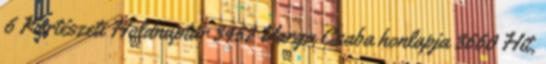
6 Kertészeti Holdnaptár 3452 Varga Csaba honlapja 3660 Hit,